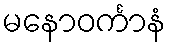
မနောဝင်္ကာနံ